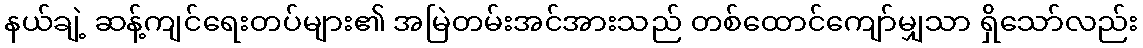
နယ်ချဲ့ ဆန့်ကျင်ရေးတပ်များ၏ အမြဲတမ်းအင်အားသည် တစ်ထောင်ကျော်မျှသာ ရှိသော်လည်း